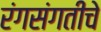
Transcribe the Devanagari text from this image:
रंगसंगतीचे